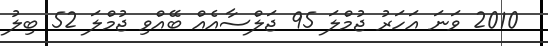
2010 ވަނަ އަހަރު ޖުމްލަ 95 ޖަލްސާއެއް ބޭއްވި ޖުމްލަ 52 ބިލު